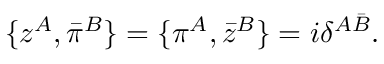
\{ z ^ { A } , \bar { \pi } ^ { B } \} = \{ \pi ^ { A } , \bar { z } ^ { B } \} = i \delta ^ { A \bar { B } } .